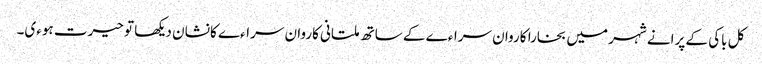
کل باکی کے پرانے شہر میں بخارا کاروان سراءے کے ساتھ ملتانی کاروان سراءے کا نشان دیکھا تو حیرت ہوءی۔